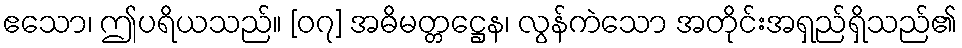
ဧသော၊ ဤပရိယသည်။ [၀၇] အဓိမတ္တဋ္ဌေန၊ လွန်ကဲသော အတိုင်းအရှည်ရှိသည်၏